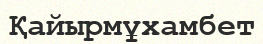
Қайырмұхамбет